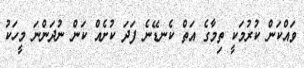
ވައްކަން ކުރުމަކީ ތިމާގެ އަތް ކެނޑޭނެ ފަދަ ކުށެއް ކަން ނުދަންނަ މީހަކު